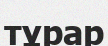
тұрар